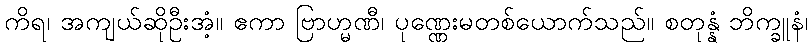
ကိရ၊ အကျယ်ဆိုဦးအံ့။ ဧကာ ဗြာဟ္မဏီ၊ ပုဏ္ဏေးမတစ်ယောက်သည်။ စတုန္နံ ဘိက္ခူနံ၊